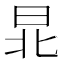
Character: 𣌫